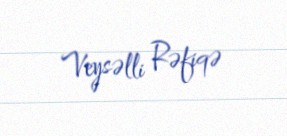
Veysəlli Rəfiqə